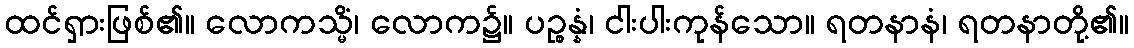
ထင်ရှားဖြစ်၏။ လောကသ္မိံ၊ လောက၌။ ပဉ္စန္နံ၊ ငါးပါးကုန်သော။ ရတနာနံ၊ ရတနာတို့၏။